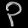
Digit: ၃